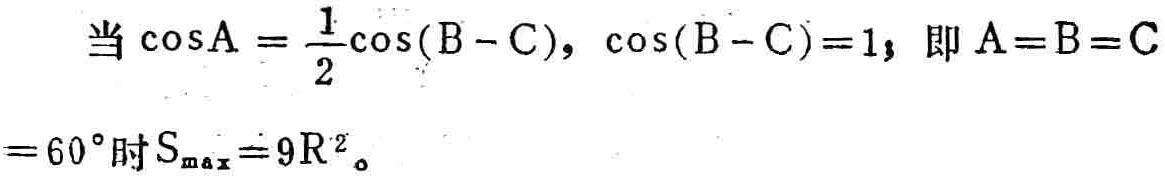
当\(\cos A = \frac{1}{2}\cos(B - C)\)，\(\cos(B - C)=1\)，即\(A = B = C\)
\(= 60^{\circ}\)时\(S_{\max}=9R^{2}\)。